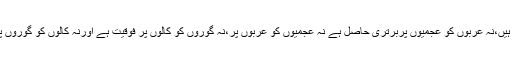
جان لو کہ تمھارا خدا ایک ہے اور تمھارے ماں باپ بھی ایک ہیں،نہ عربوں کو عجمیوں پربرتری حاصل ہے نہ عجمیوں کو عربوں پر،نہ گوروں کو کالوں پر فوقیت ہے اورنہ کالوں کو گوروں پر،اگر کسی کو کسی پر برتری ہے تو وہ تقویٰ کی بنا پر ہے ۔